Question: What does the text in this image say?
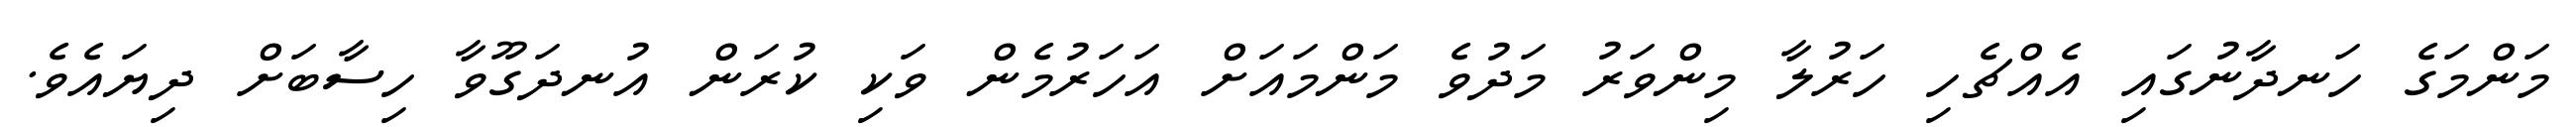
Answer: މަންމަގެ ހަނދާނުގައި އެއްޗެހި ހަރުލާ މިންވަރު މަދުވެ މަންމައަށް އަހަރުމެން ވަކި ކުރަން އުނދަގޫވާ ހިސާބަށް ދިޔައެވެ.